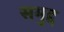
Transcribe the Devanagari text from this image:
समुद्द